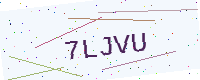
Text: 7LJVU